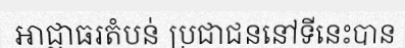
អាជ្ញាធរតំបន់ ប្រជាជននៅទីនេះបាន